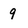
Character: 9